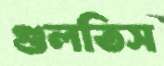
গুলতিস